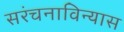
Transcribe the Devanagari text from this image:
सरंचनाविन्यास